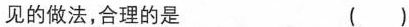
见的做法，合理的是 ()